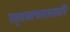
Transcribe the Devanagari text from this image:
समुदयात्कलानामपि